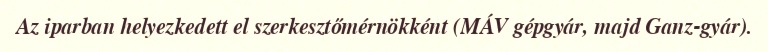
Az iparban helyezkedett el szerkesztőmérnökként (MÁV gépgyár, majd Ganz-gyár).